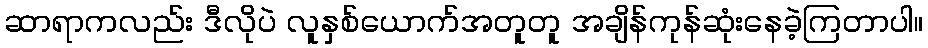
ဆာရာကလည်း ဒီလိုပဲ လူနှစ်ယောက်အတူတူ အချိန်ကုန်ဆုံးနေခဲ့ကြတာပါ။